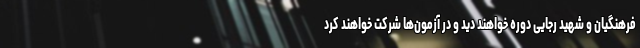
فرهنگیان و شهید رجایی دوره خواهند دید و در آزمون‌ها شرکت خواهند کرد